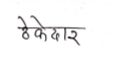
मजकूर: ठेकेदार